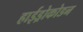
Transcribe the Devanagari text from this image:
हाईड्रोकोडन